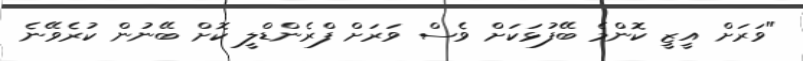
"ވަރަށް އީޒީ ކޮންމެ ބޭފުޅަކަށް ވެސް ވަރަށް ފްރެންޑްލީ ކޮށް ބޭނުން ކުރެވޭނެ